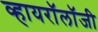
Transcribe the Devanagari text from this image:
व्हायरॉलॉजी